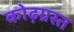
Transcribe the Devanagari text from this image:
कोढ़ग्रस्त